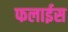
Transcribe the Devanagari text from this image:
फलाईस